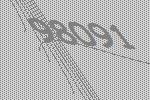
98091